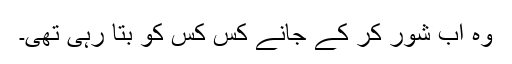
وہ اب شور کر کے جانے کس کس کو بتا رہی تھی۔